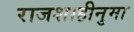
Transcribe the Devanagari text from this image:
राजशाहीनुमा